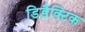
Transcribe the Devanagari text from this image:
डिडैक्टिक